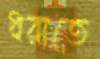
ধরাতে